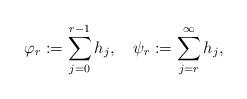
LaTeX: \begin{align*} \varphi_r := \sum_{j=0}^{r-1} h_j , \ \ \ \psi_r := \sum_{j=r}^\infty h_j , \end{align*}